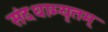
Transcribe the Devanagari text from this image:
संदधाम्यृतम्